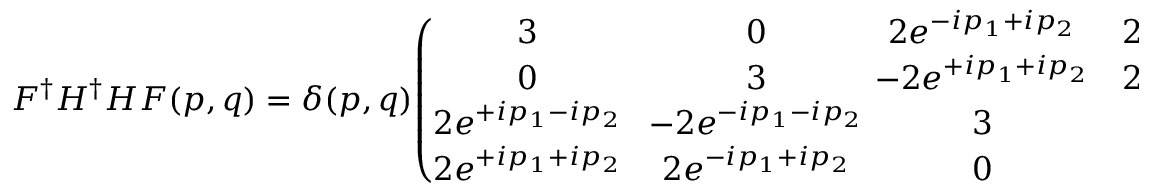
F ^ { \dagger } H ^ { \dagger } H F ( p , q ) = \delta ( p , q ) \! \left( \! \! \! \begin{array} { c c c c } { { 3 } } & { { \! 0 } } & { { \! \! \! \! 2 e ^ { - i p _ { 1 } + i p _ { 2 } } } } & { { 2 e ^ { - i p _ { 1 } - i p _ { 2 } } } } \\ { { 0 } } & { { \! 3 } } & { { \! \! \! \! - 2 e ^ { + i p _ { 1 } + i p _ { 2 } } } } & { { 2 e ^ { + i p _ { 1 } - i p _ { 2 } } } } \\ { { 2 e ^ { + i p _ { 1 } - i p _ { 2 } } } } & { { \! - 2 e ^ { - i p _ { 1 } - i p _ { 2 } } } } & { { \! \! \! \! 3 } } & { { 0 } } \\ { { 2 e ^ { + i p _ { 1 } + i p _ { 2 } } } } & { { \! 2 e ^ { - i p _ { 1 } + i p _ { 2 } } } } & { { \! \! \! \! 0 } } & { { 3 } } \end{array} \! \! \! \right) \! ,